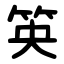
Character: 䇦